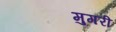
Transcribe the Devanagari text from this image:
मुगरी